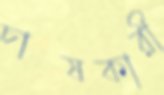
চাষকারী